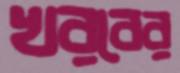
খরবের